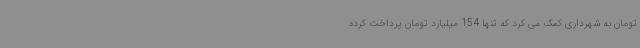
تومان به شهرداری کمک می کرد که تنها 154 میلیارد تومان پرداخت کرده